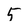
Character: 5